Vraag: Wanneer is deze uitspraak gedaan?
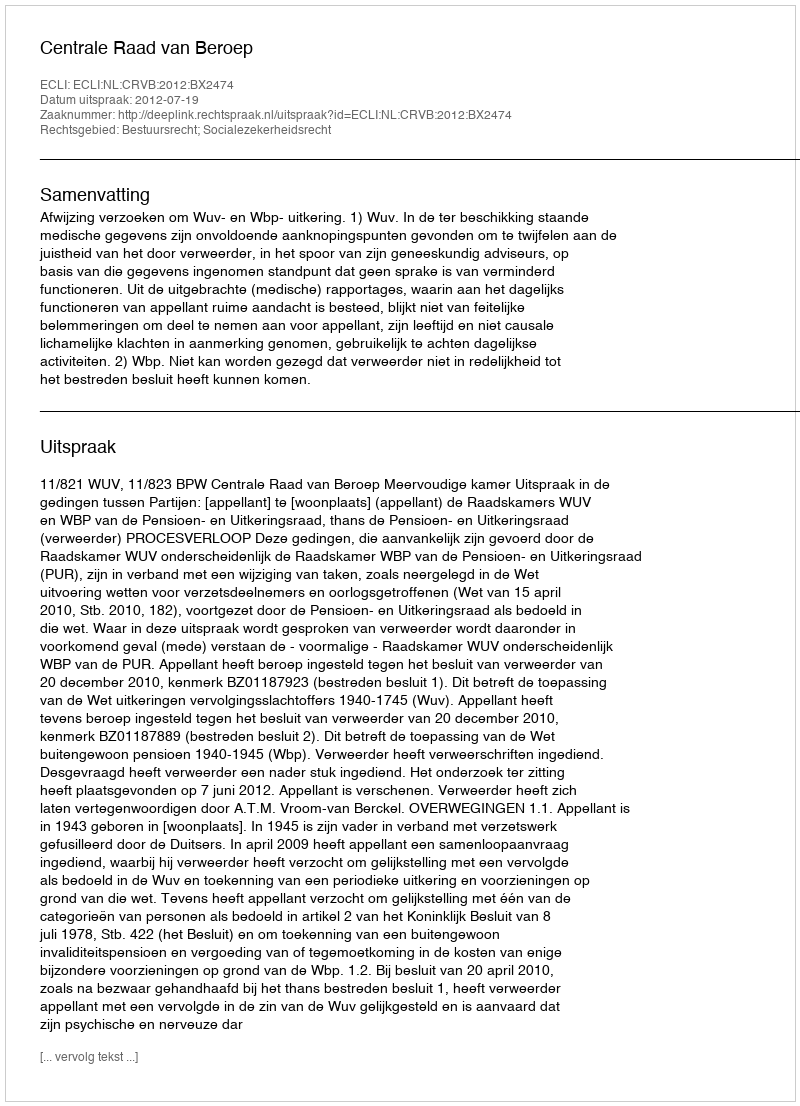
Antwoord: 2012-07-19